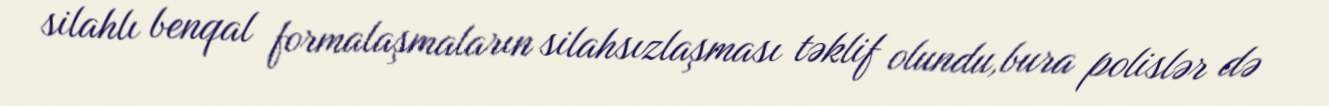
silahlı benqal formalaşmaların silahsızlaşması təklif olundu,bura polislər də